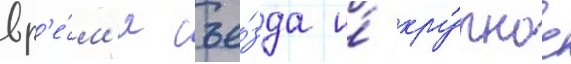
вр'е́м'я съе́зда и́ кру́пное